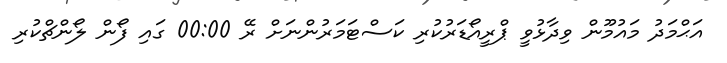
އަޙްމަދު މައުމޫން ވިދާޅުވީ ޕްރީއޯޑަރުކުރި ކަސްޓަމަރުންނަށް ރޭ 00:00 ގައި ފޯން ލޯންޗްކުރި